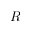
R